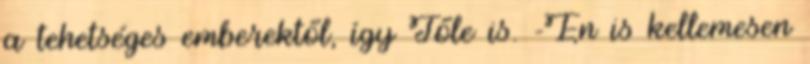
a tehetséges emberektől, így Tőle is. -Én is kellemesen